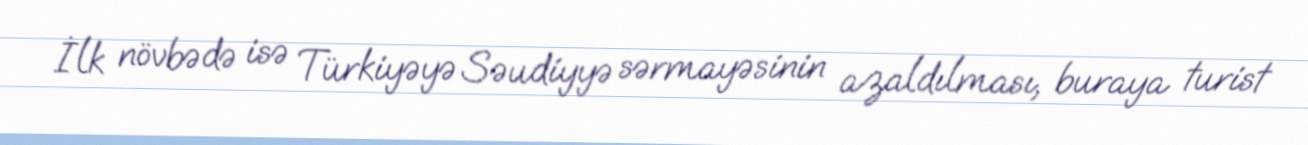
İlk növbədə isə Türkiyəyə Səudiyyə sərmayəsinin azaldılması, buraya turist